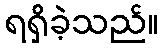
ရရှိခဲ့သည်။